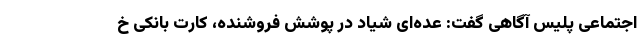
اجتماعی پلیس آگاهی گفت: عده‌ای شیاد در پوشش فروشنده، کارت بانکی خ